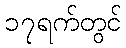
၁၇ရက်တွင်